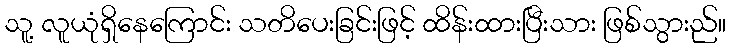
သူ့ လူယုံရှိနေကြောင်း သတိပေးခြင်းဖြင့် ထိန်းထားပြီးသား ဖြစ်သွားည်။